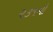
૨૩૧મો